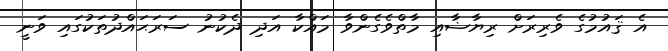
އެ ޤައުމުގެ ވެރިރަށް ރިޔާޟާއި މާތްވެގެންވާ މައްކާ އަދި ދެކުނު ސަރަޙައްދުތަކުގައި ވަނީ